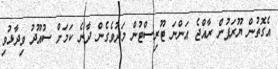
އެގޮތުން ޔޫރަޕުން ރާއްޖެ އަންނަ ޓޫރިސްޓުން މަދުވެގެން ދާނެ ކަަމަށް ސުއޫދު ވިދާޅުވި